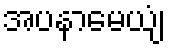
အပနာမေယျံ